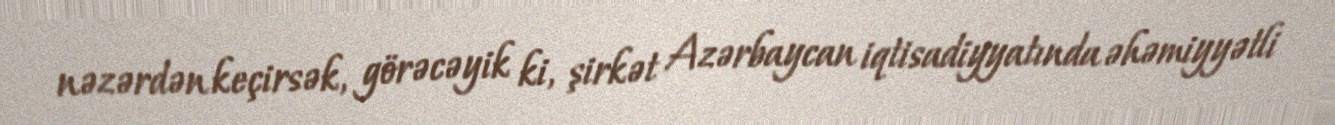
nəzərdən keçirsək, görəcəyik ki, şirkət Azərbaycan iqtisadiyyatında əhəmiyyətli